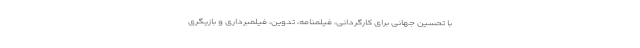
با تحسین جهانی برای کارگردانی، فیلمنامه، تدوین، فیلمبرداری و بازیگری